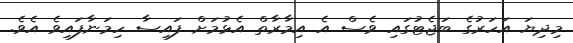
މިދިޔަ އަހަރުގެ ބަޖެޓުގައި ވެސް އެ އިމާރާތް އެޅުމަށް ފައިސާ ހިމަނާފައިވެ އެވެ.